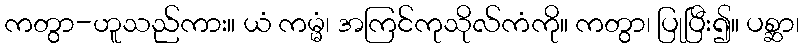
ကတွာ-ဟူသည်ကား။ ယံ ကမ္မံ၊ အကြင်ကုသိုလ်ကံကို။ ကတွာ၊ ပြုပြီး၍။ ပစ္ဆာ၊